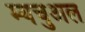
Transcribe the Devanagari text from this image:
म्यचुअल